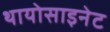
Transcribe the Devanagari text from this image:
थायोसाइनेट